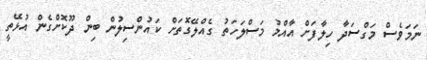
ނަމަވެސް މަގްސަދާ ހިލާފަށް އާއްމު މަސްލަހަތު ގެއްލޭގޮތަށް ކައުންސިލުން ބިން ދޫކޮށްގެން އުޅޭތީ